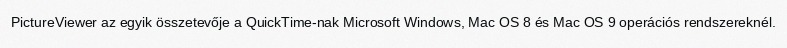
PictureViewer az egyik összetevője a QuickTime-nak Microsoft Windows, Mac OS 8 és Mac OS 9 operációs rendszereknél.